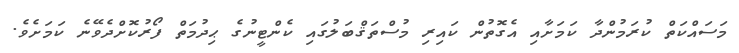
މަސައްކަތް ކުރަމުންދާ ކަމަށާއި އެގޮތުން ކައިރި މުސްތަޤްބަލުގައި ކެންޓީނުގެ ޙިދުމަތް ފޯރުކޮށްދެވޭނެ ކަމަށެވެ.